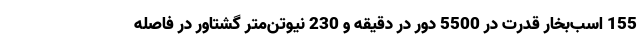
155 اسب‌بخار قدرت در 5500 دور در دقیقه و 230 نیوتن‌متر گشتاور در فاصله